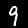
Digit: 9